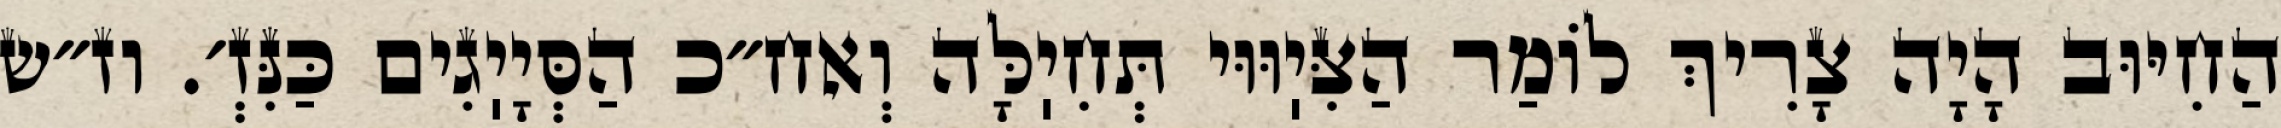
הַחִיּוּב הָיָה צָרִיךְ לוֹמַר הַצִּיֽוּוּי תְּחִיֽלָּה וְאח״כ הַסְּיָיֽגִים כַּנִּזְ׳. וז״ש